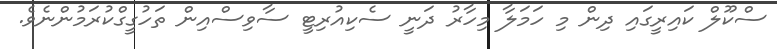
ސްކޫލް ކައިރީގައި ދިން މި ހަމަލާ މިހާރު ދަނީ ސެކިއުރިޓީ ސާވިސްއިން ތަހުގީގްކުރަމުންނެވެ.